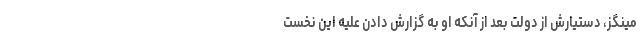
مینگز، دستیارش از دولت بعد از آنکه او به گزارش دادن علیه این نخست